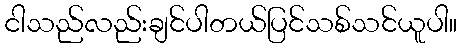
ငါသည်လည်းချင်ပါတယ်ပြင်သစ်သင်ယူပါ။